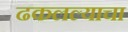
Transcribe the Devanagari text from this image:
ढकलल्याचा